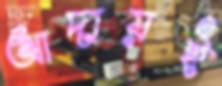
আদায়ই